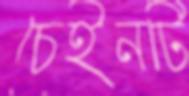
চেইনটি